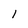
Character: 1